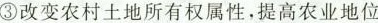
③ 改变农村土地所有权属性，提高农业地位